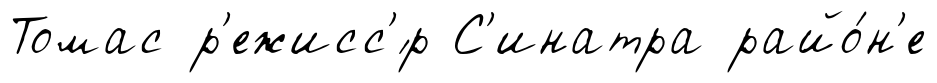
Томас р'ежисс'́р С'инатра райо́н'е